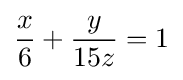
{\frac {x}{6}}+{\frac {y}{15z}}=1